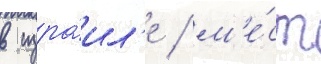
в изра́ил'е / м'е́ст